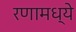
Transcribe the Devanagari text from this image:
रणामध्ये